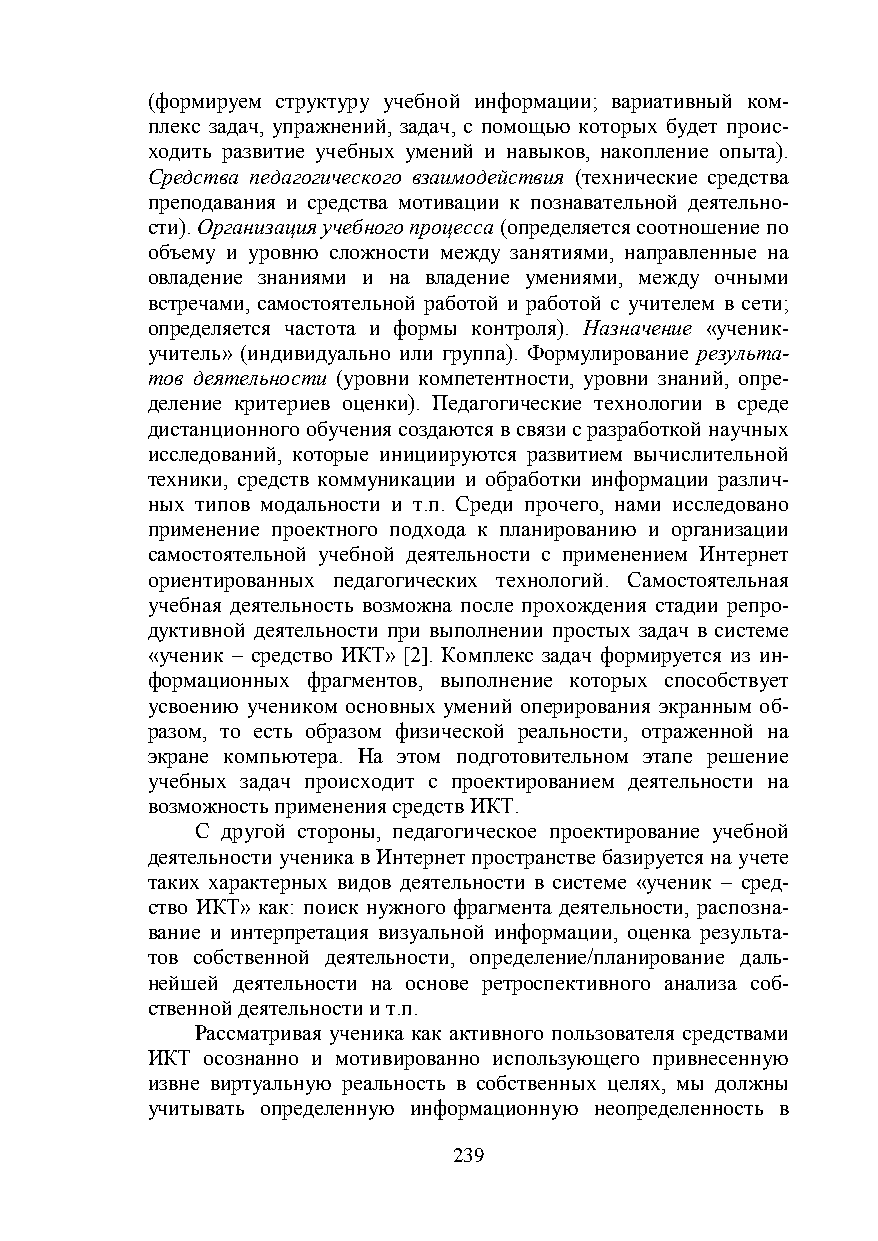
(формируем структуру учебной информации; вариативный ком-
 плекс задач, упражнений, задач, с помощью которых будет проис-
 ходить развитие учебных умений и навыков, накопление опыта).
 Средства педагогического взаимодействия (технические средства
 преподавания и средства мотивации к познавательной деятельно-
 сти). Организация учебного процесса (определяется соотношение по
 объему и уровню сложности между занятиями, направленные на
 овладение знаниями и на владение умениями, между очными
 встречами, самостоятельной работой и работой с учителем в сети;
 определяется частота и формы контроля). Назначение «ученик-
 учитель» (индивидуально или группа). Формулирование результа-
 тов деятельности (уровни компетентности, уровни знаний, опре-
 деление критериев оценки). Педагогические технологии в среде
 дистанционного обучения создаются в связи с разработкой научных
 исследований, которые инициируются развитием вычислительной
 техники, средств коммуникации и обработки информации различ-
 ных типов модальности и т.п. Среди прочего, нами исследовано
 применение проектного подхода к планированию и организации
 самостоятельной учебной деятельности с применением Интернет
 ориентированных педагогических технологий. Самостоятельная
 учебная деятельность возможна после прохождения стадии репро-
 дуктивной деятельности при выполнении простых задач в системе
 «ученик – средство ИКТ» [2]. Комплекс задач формируется из ин-
 формационных фрагментов, выполнение которых способствует
 усвоению учеником основных умений оперирования экранным об-
 разом, то есть образом физической реальности, отраженной на
 экране компьютера. На этом подготовительном этапе решение
 учебных задач происходит с проектированием деятельности на
 возможность применения средств ИКТ.
 С другой стороны, педагогическое проектирование учебной
 деятельности ученика в Интернет пространстве базируется на учете
 таких характерных видов деятельности в системе «ученик – сред-
 ство ИКТ» как: поиск нужного фрагмента деятельности, распозна-
 вание и интерпретация визуальной информации, оценка результа-
 тов собственной деятельности, определение/планирование даль-
 нейшей деятельности на основе ретроспективного анализа соб-
 ственной деятельности и т.п.
 Рассматривая ученика как активного пользователя средствами
 ИКТ осознанно и мотивированно использующего привнесенную
 извне виртуальную реальность в собственных целях, мы должны
 учитывать определенную информационную неопределенность в
 239